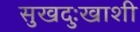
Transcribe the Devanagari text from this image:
सुखदुःखाशी